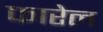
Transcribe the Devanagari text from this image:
फारेल